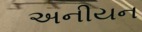
અનીયન